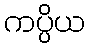
ကပ္ပိယ